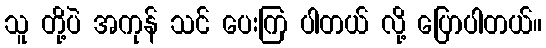
သူ တို့ပဲ အကုန် သင် ပေးကြ ပါတယ် လို့ ပြောပါတယ်။